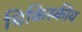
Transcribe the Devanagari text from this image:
चिकिस्कीय